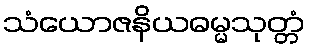
သံယောဇနိယဓမ္မသုတ္တံ